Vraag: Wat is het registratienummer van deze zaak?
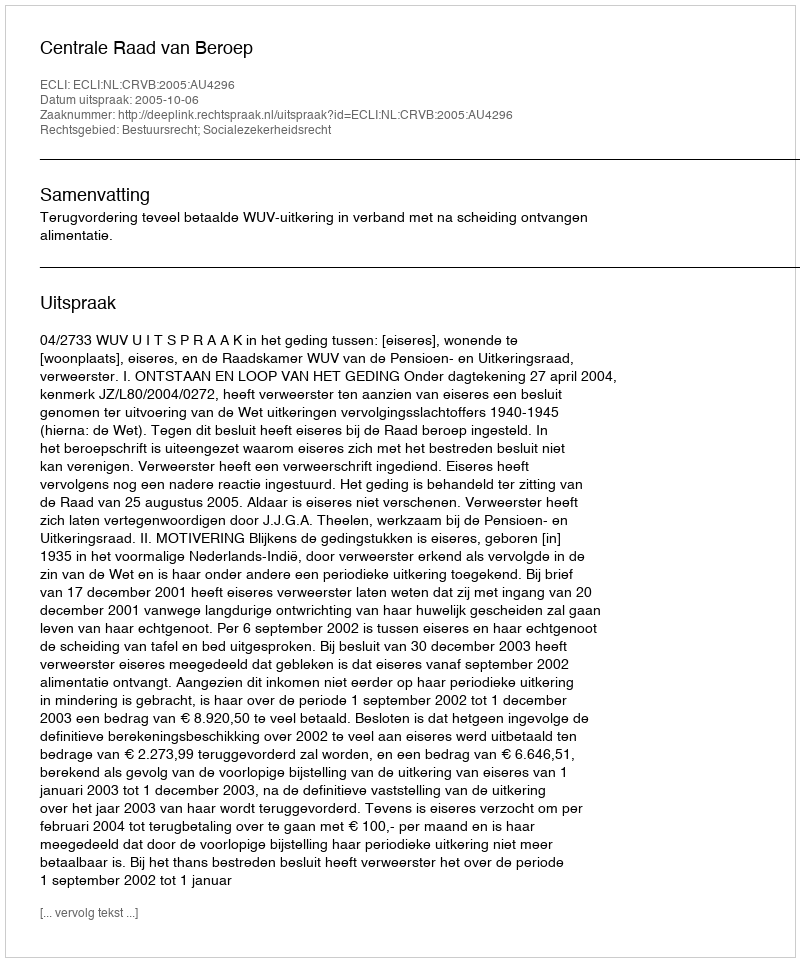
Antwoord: http://deeplink.rechtspraak.nl/uitspraak?id=ECLI:NL:CRVB:2005:AU4296